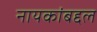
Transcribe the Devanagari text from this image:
नायकांबद्दल